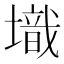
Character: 𡑌